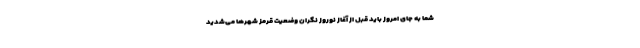
شما به جای امروز باید قبل از آغاز نوروز نگران وضعیت قرمز شهرها می‌شدید